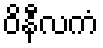
ဝိနီလကံ